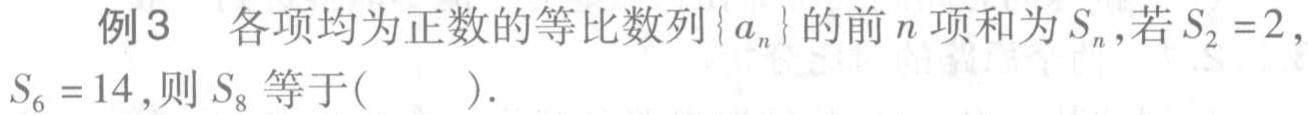
例3 各项均为正数的等比数列\(\{ a_{n}\}\)的前\(n\)项和为\(S_{n}\),若\(S_{2}=2\),\(S_{6}=14\),则\(S_{8}\)等于(  ).